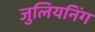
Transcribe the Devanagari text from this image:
जुलियनिंग